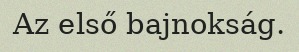
Az első bajnokság.